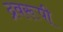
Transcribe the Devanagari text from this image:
द्रवरूपी